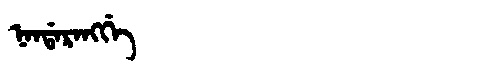
Manchu: ᠨᠠᠨᡩᠠᡵᠠᠩᡤᡝ
Romanization: NANDARANGGE